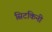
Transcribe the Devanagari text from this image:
सिटकिनी